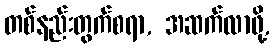
တစ်နည်းတွက်စရာ, အဆက်လာဖို့,